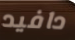
دافيد